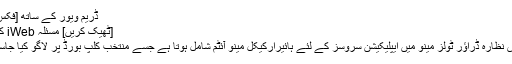
ڈریم ویور کے ساتھ [فکس] مسئلہ
[ٹھیک کریں] مسئلہ iWeb کے ساتھ
[نیا] پیش نظارہ ڈراؤر ٹولز مینو میں ایپلیکیشن سروسز کے لئے ہائیرارکیکل مینو آئٹم شامل ہوتا ہے جسے منتخب کلپ بورڈ پر لاگو کیا جاسکتا ہے۔